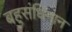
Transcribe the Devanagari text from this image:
बहुसंधिमान